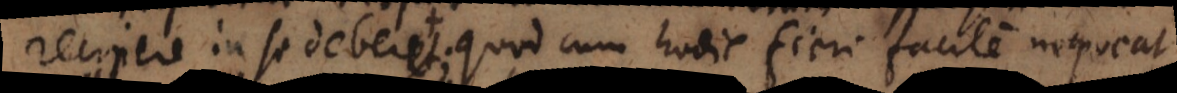
recipere in se deberet; quod cum hodie fieri facile nequea